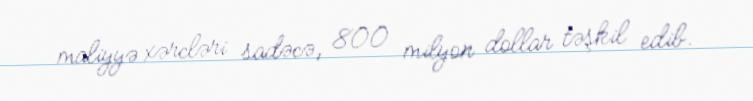
maliyyə xərcləri sadəcə, 800 milyon dollar təşkil edib.